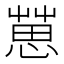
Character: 𢠞